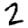
Digit: 2